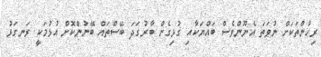
ރިހުންތަކަށް ނުވަތަ އެނޫންވެސް ބައްޔަކާއި ގުޅިގެން ބާރުގަދަ ބޭސްތައް ބޭނުންކޮށް އުޅުމަކީ ރަނގަޅު